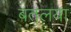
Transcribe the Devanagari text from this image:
बतलया